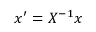
x ^ { \prime } = X ^ { - 1 } x